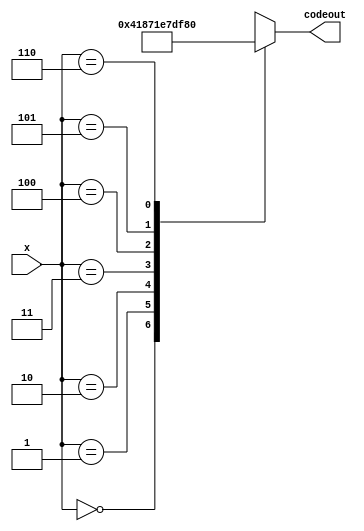
module BCD_7(x,codeout);      //BCD
input [2:0]x;
output reg[6:0] codeout;
always@(x)
begin
	case(x)
	3'd0: codeout=7'b0000001;
	3'd1: codeout=7'b0000011;
	3'd2: codeout=7'b0000111;
	3'd3: codeout=7'b0001111;
	3'd4: codeout=7'b0011111;
	3'd5: codeout=7'b0111111;
	3'd6: codeout=7'b0000000;
	default codeout=7'bx;
endcase
end
endmodule